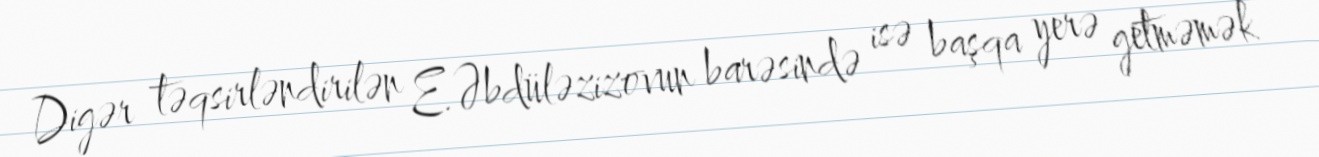
Digər təqsirləndirilən E.Əbdüləzizovun barəsində isə başqa yerə getməmək